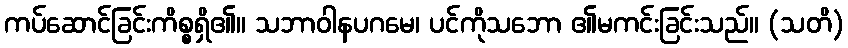
ကပ်ဆောင်ခြင်းကိစ္စရှိ၏။ သဘာဝါနပဂမေ၊ ပင်ကိုသဘော ၏မကင်းခြင်းသည်။ (သတိ)